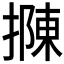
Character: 𢴟